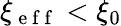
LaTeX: \xi_{\mathrm{~e~f~f~}}<\xi_{0}